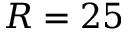
R = 2 5